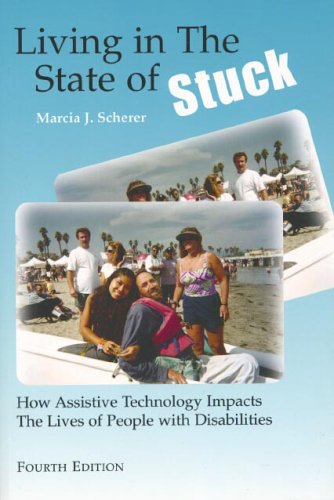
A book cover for Living in the State of Stuck: How Assistive Technology Impacts the Lives of People With Disabilities; Marcia J. Scherer; Law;